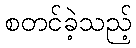
စတင်ခဲ့သည့်